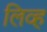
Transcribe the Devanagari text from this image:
लिव्ह